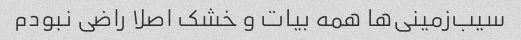
سیب‌زمینی‌ها همه بیات و خشک اصلا راضی نبودم